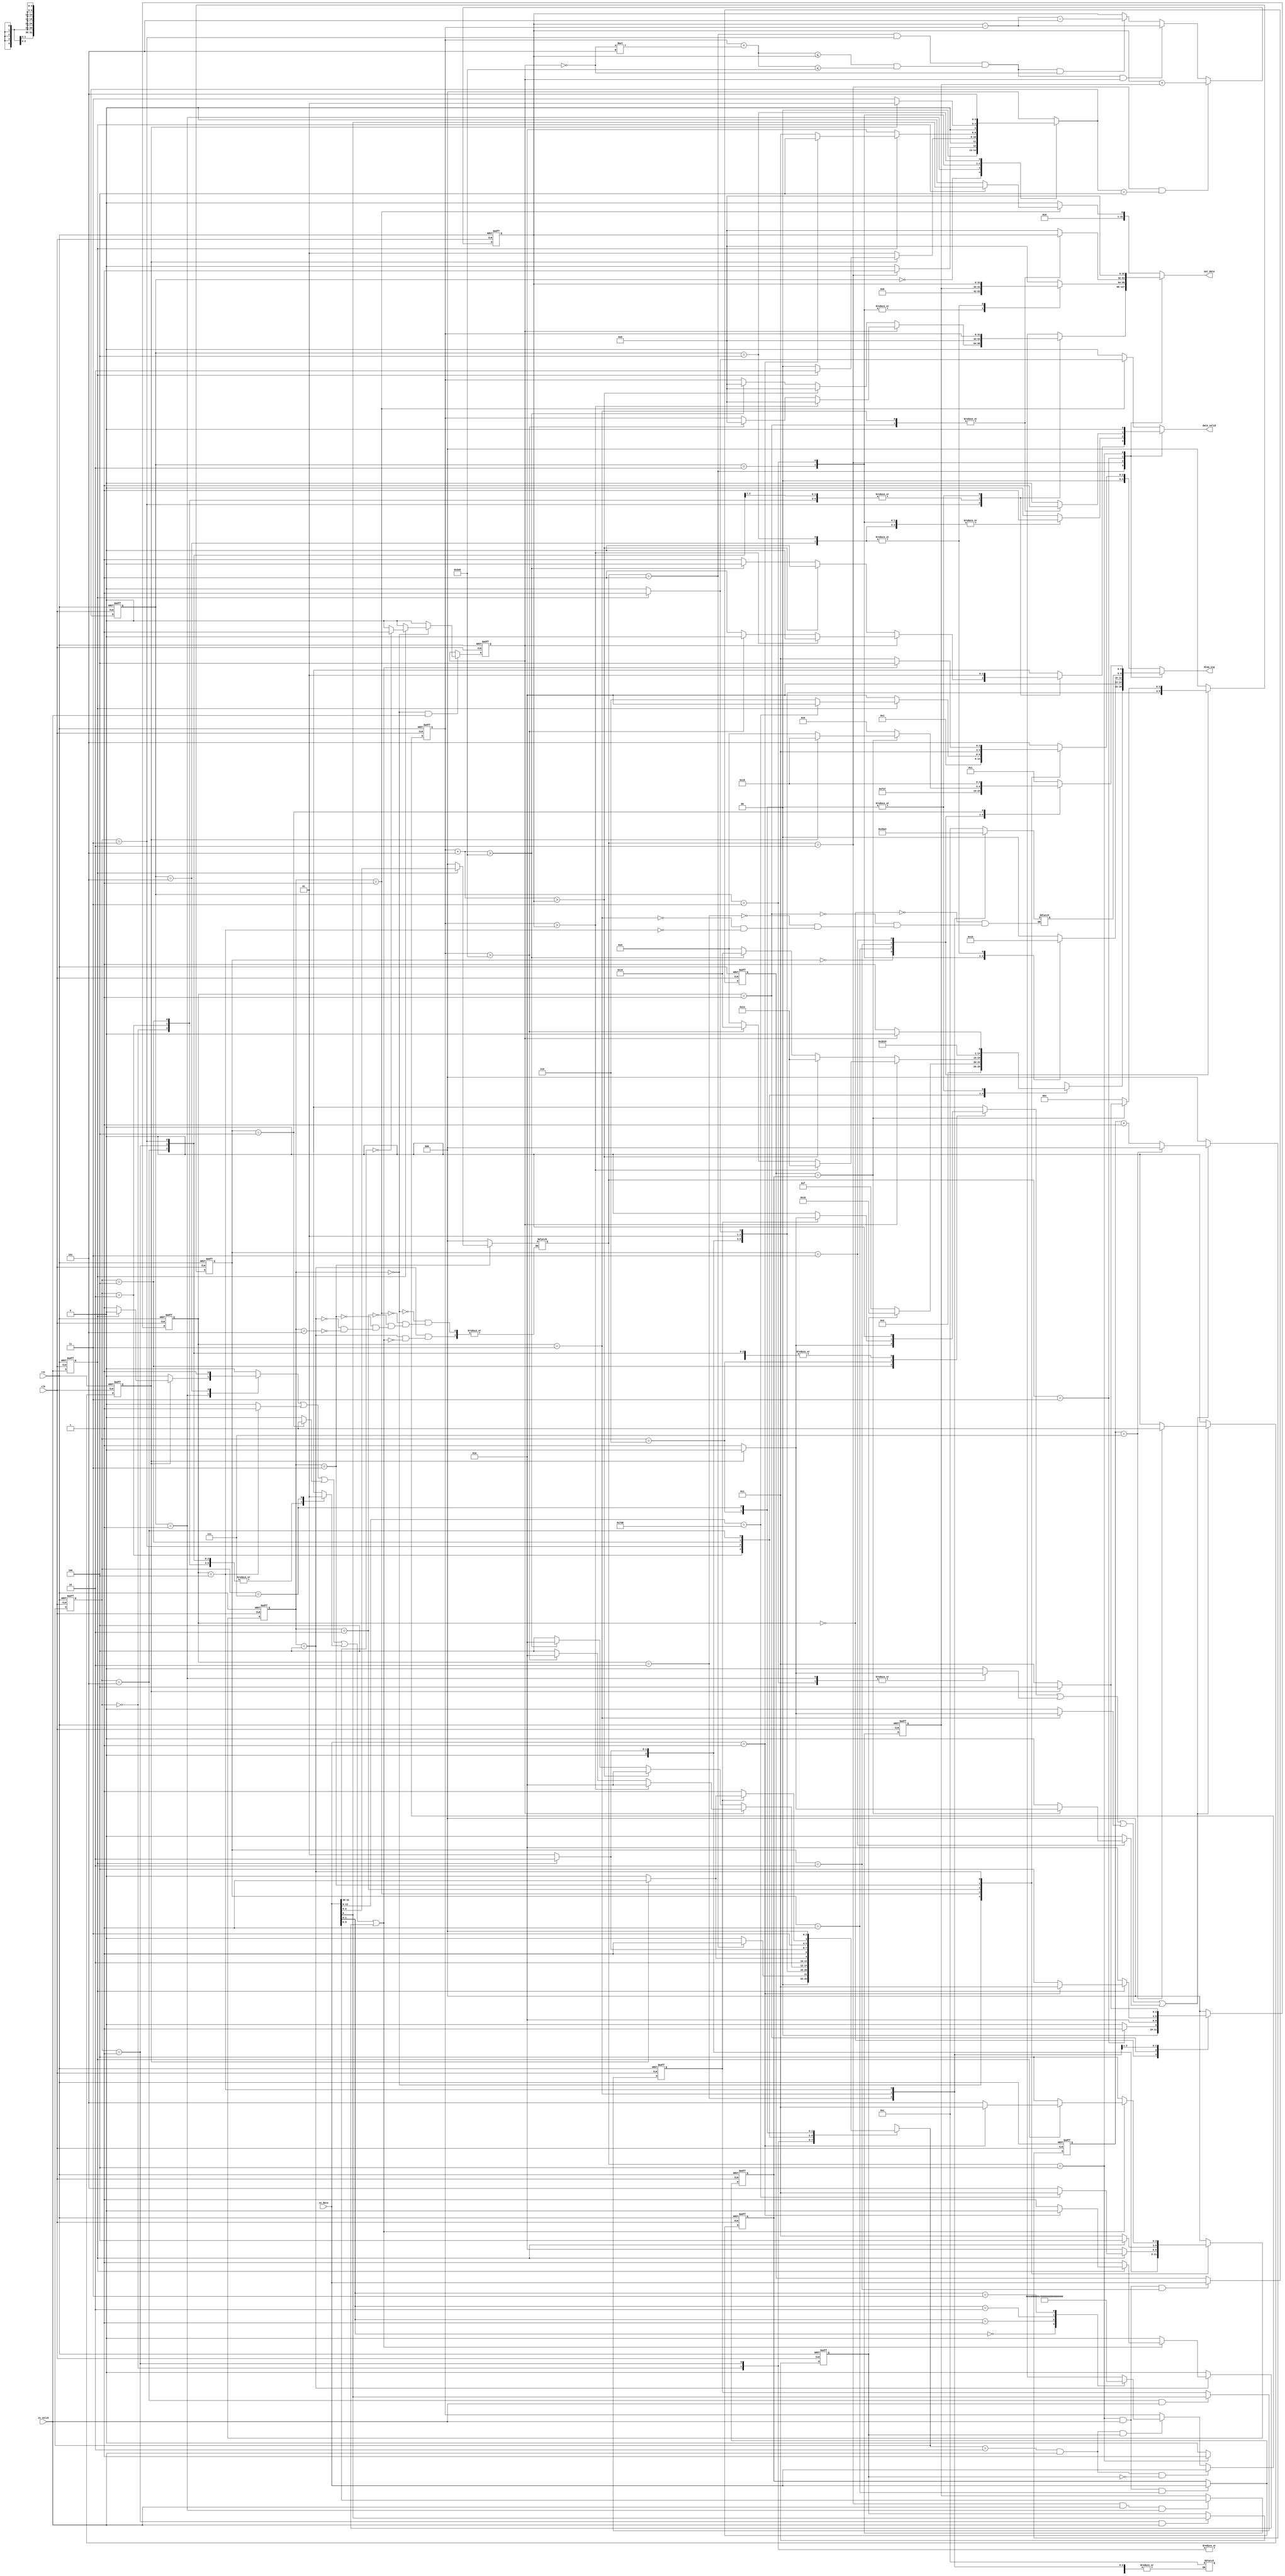
module ATM_FSM_Final #(parameter in_size = 32,
                 parameter dis_size = 5,
                 parameter out_size = 32
                 )
    (
    input                       clk,
    input                       rst,

    input wire [in_size-1:0]    in_data,
    input wire                  in_valid,

    output reg [dis_size-1:0]   disp_sig,
    output reg                  data_valid,
    output reg [out_size-1:0]   out_data
);

//////sizes of User INFO\\\\\\\\\\\\\\
localparam PIN_WIDTH        = 11,
           BALANCE_WIDTH    = 16,
           BANK_LIMIT_WIDTH = 14;

///////USER INFO\\\\\\\\\\\\\\\\\\\\\\\\\\\\
reg [PIN_WIDTH-1:0] PIN_reg;
reg [in_size-1:0] Balance;
wire [BANK_LIMIT_WIDTH-1:0] Bank_withdraw_Limit;  //daily

assign Bank_withdraw_Limit = 'd1000;

/////General Signals\\\\\\\\\\\\\\\\\\
reg [in_size-1:0] account_no;
reg same_bank;
reg same_bank_reg;
wire done;
reg [2:0] enable;
reg [in_size-1:0] PIN_temp;
reg [in_size-1:0] RE_PIN_temp;
reg flag;
reg [2:0] timer;
reg timer_done;
wire timer_en;
reg timer_en_pin;
reg timer_en_with;
reg timer_en_inq;
reg timer_en_dep;

wire flag_balance;

reg in_valid_reg;
reg [in_size-1:0] in_data_reg;

//////////  MAIN FSM \\\\\\\\\\\\\\\\\\\\
localparam  IDLE_main    =  3'b0,
            lang         =  3'b001,
            PIN          =  3'b010,
            option       =  3'b011, 
            anthr_op     =  3'b100,//another transaction
            card_exit    =  3'b101;

reg [2:0] main_state;
reg [2:0] main_next_state;

///////////// OPTIONS \\\\\\\\\\\\\\\\\\\\\\
localparam MAIN            = 3'b000,
           WITHDRAW        = 3'b001,
           DEPOSIT         = 3'b010,
           BALANCE_INQUIRY = 3'b011,
           PIN_CHANGE      = 3'b100;

///////// Deposit \\\\\\\\\\\\\\\\\\\\
localparam IDLE_dep       = 3'b000,
           insert_cash    = 3'b001, //for fast cash
           confirm        = 3'b010,
           return_cash    = 3'b011,
           update_balance = 3'b100,
           finish_dep     = 3'b101; 
reg [2:0] dep_state;
reg [2:0] dep_next_state;
reg done_dep=0;
reg [9:0] cash_amount=0;

///////// Withdraw \\\\\\\\\\\\\\\\\\\\
localparam IDLE_withdraw 		= 3'b000,
           Withdraw_Type 		= 3'b001,
           Confirm_Amount 		= 3'b010,
           Amount_Checks 		= 3'b011,
           Money_Dispense_Delay = 3'b100,
           Receipt 			    = 3'b101,
           Receipt_Print_Delay 	= 3'b110,
           finish_with          = 3'b111;

reg [2:0]   withdraw_current_state;
reg [2:0]   withdraw_next_state;

reg done_with;

reg withdrawal_choice;				// 0-Regular Withdrawal   or  1-Fast Cash
reg print_receipt;				//To store the answer of print receipt question
reg [in_size-1:0] withdraw_amount;
//reg withdrawal_choice_reg;			//to avoid unintentional latch
//reg print_receipt_reg;				//to avoid unintentional latch
reg [in_size-1:0] withdraw_amount_reg;		//to avoid unintentional latch

///////// Pin Change \\\\\\\\\\\\\\\\\\\\
localparam  IDLE_PIN     = 3'b000,
            ENTER_PIN    = 3'b001,
            RE_ENTER_PIN = 3'b010,
            PIN_CHECK    = 3'b011,
            FINISH       = 3'b100;

reg [2:0] pin_state;
reg [2:0] pin_next_state;
reg done_pin;
reg err_pin;

/////////disp sig\\\\\\\\\\\\\\\\\\\\\\\\\\
reg [dis_size-1:0] disp_sig_with;
reg [dis_size-1:0] disp_sig_deposit;
reg [dis_size-1:0] disp_sig_Balance;
reg [dis_size-1:0] disp_sig_pin;
reg [dis_size-1:0] disp_sig_main;

/////OUTPUT\\\\\\\\\\
reg [out_size-1:0] out_data_dep;
reg [out_size-1:0] out_data_inq;
reg [out_size-1:0] out_data_pin;
reg [out_size-1:0] out_data_with;
reg [out_size-1:0] out_data_main;



/////VALID\\\\\\\\\\\\
reg data_valid_with;
reg data_valid_dep;
reg data_valid_inq;
reg data_valid_pin;
reg data_valid_main;


/////////disp messages\\\\\\\\\\
localparam Entry_msg                 = 5'b00000,
           Lang_Select_msg           = 5'b00001,
           Enter_Pin_msg             = 5'b00010,
           Select_Option_msg         = 5'b00011,
           Another_transaction_msg   = 5'b00100,
           TY_For_Your_Service_msg   = 5'b00101,  
           Inavlid_Pin_msg           = 5'b00110,   
           Enter_Cash_msg            = 5'b01000,
           Confirm_Amount_msg        = 5'b01001,  
           Pls_Take_Your_Cash_msg    = 5'b01010,
           Deposit_Accepted_msg      = 5'b01011,
           Current_Balance_msg       = 5'b01100,
           Transaction_Processed_msg = 5'b01101,
           Choose_with_or_Fast_msg   = 5'b01110,
           Enter_with_amount_msg     = 5'b01111,
           Enter_fast_amount_msg     = 5'b10000,
           Receipt_msg               = 5'b10001,
           WithDrawn_msg             = 5'b10010,
           WithDrawn_TAX_msg         = 5'b10011,
           Exceed_Balance_Limit_msg  = 5'b10100,
           Exceed_Bank_Limit_msg     = 5'b10101,
           Re_Enter_Pin_msg          = 5'b10111,
           Pin_Changed_msg           = 5'b11000,
           Enter_New_Pin_msg         = 5'b11001;



////////// Balance Inquiry \\\\\\\\\\\\\\\\\\\\
localparam IDLE_inq   = 3'b0,
           disp_balance = 3'b01, //0 no_receipt -- 1 receipt
           reciept_ask= 3'b10,
           reciept_out= 3'b11,
           finish_inq=3'b100;
           
reg [2:0] inq_state;
reg done_inq;
reg [2:0] inq_next_state;



always @(posedge clk or negedge rst) 
    begin
        if (!rst) 
            begin
                main_state<=IDLE_main;
            end

        else
         begin
            main_state<=main_next_state;
         end
    end

always @ (posedge clk or negedge rst)
begin
  if(!rst)
        withdraw_current_state <= IDLE_withdraw;
  else
        withdraw_current_state <= withdraw_next_state;
end

always @(posedge clk or negedge rst) 
    begin
        if (!rst) 
            
            pin_state<=IDLE_PIN;

        else
            pin_state<=pin_next_state;
    end


always @(posedge clk or negedge rst) 
    begin
          if (!rst) 
            
            dep_state<=IDLE_dep;

        else
            dep_state<=dep_next_state;       
    end




always @(posedge clk or negedge rst) 
    begin
        if (!rst) 
            begin
                inq_state<=IDLE_inq;
            end
        else
            begin
                inq_state<=inq_next_state;
            end
    end

//////////////////MAIN FSM\\\\\\\\\\\\\\\\\\\\\\\\\\\\\\\\\\

always @(*) 
    begin
        same_bank=0;
        case (main_state)
            IDLE_main:
                begin
                    disp_sig_main=Entry_msg;
                    data_valid_main=0;
                    out_data_main=0;
                    flag = 0;
                    enable=MAIN;
                    if (in_valid_reg) 
                        begin
                           if(in_data[in_size-1:in_size-2]==2'b00)
                           begin
                            same_bank=1;    
                           end
                           else
                           begin
                            same_bank=0;
                           end
                           main_next_state=lang; 
                        end 
                    else
                        begin
                            main_next_state=IDLE_main;
                        end
                end
            lang:    
                begin
                    disp_sig_main = Lang_Select_msg; 
                    flag = 0;
                    enable=MAIN;
                    if(in_valid_reg)
                        begin
                            data_valid_main=1; 
                            out_data_main=in_data[0];
                            main_next_state=PIN;
                        end
                    else
                        begin
                            data_valid_main=0;
                            out_data_main=0;
                            main_next_state=lang;
                        end
                end
            PIN:
                begin
                    disp_sig_main = Enter_Pin_msg;
                    data_valid_main=0;
                    out_data_main=0;
                    flag = 0;
                    enable=MAIN;
                    if (in_valid_reg)
                    begin
                        if (in_data[13:0]==14'd2000) 
                        begin
                            main_next_state=option;
                        end
                        else
                        begin
                            main_next_state=card_exit;
                            disp_sig_main = Inavlid_Pin_msg;//////////////note 
                        end
                    end
                    else
                    begin
                        main_next_state=PIN;
                    end
                end    
            option: 
                begin
                    disp_sig_main = Select_Option_msg; 
                    data_valid_main=0;
                    out_data_main=0;
                    flag = 0;
                    if (in_valid_reg)
                        begin
                           enable=in_data[2:0];
                           main_next_state=anthr_op;
                        end
                    else
                        begin
                           enable=MAIN;
                           main_next_state=option;
                        end
                end  
            anthr_op: 
                begin
                    if (done || flag)  
                        begin
                           flag = 1;
                           disp_sig_main = Another_transaction_msg;
                           data_valid_main=0;
                           out_data_main=0;
                           enable=MAIN;
                           if (in_valid_reg) 
                            begin
                                if (in_data==1) 
                                begin
                                    flag = 0;
                                    main_next_state=option;
                                end
                                else
                                    main_next_state=card_exit; ////swapping  card exit with anothr_op
                            end
                            else
                                begin
                                    main_next_state=anthr_op;
                                end
                        end
                    else
                    begin
                        disp_sig_main = Select_Option_msg;
                        data_valid_main=0;
                        out_data_main=0; 
                        main_next_state=anthr_op;
                        flag = 0;
                    end
                end
            card_exit:
                begin
                    disp_sig_main = TY_For_Your_Service_msg; 
                    data_valid_main=0;
                    out_data_main=0; 
                    main_next_state=IDLE_main;
                    flag = 0;
                    enable=MAIN;
                end
        default:
            begin
                disp_sig_main = TY_For_Your_Service_msg; 
                data_valid_main=0;
                out_data_main=0; 
                main_next_state=IDLE_main;
                flag = 0;
            end
        endcase
    end

////////////////WITH DRAW\\\\\\\\\\\\\\\\\\\\\\\\\\\\

always@(*)
begin
    case (withdraw_current_state)
    IDLE_withdraw:
        begin
            disp_sig_with = Choose_with_or_Fast_msg;
            data_valid_with = 0;
            out_data_with = 0;
            done_with = 0;
	        timer_en_with = 0;
            if (enable == WITHDRAW)
            begin
                withdraw_next_state = Withdraw_Type;   
            end
            else
            begin
                withdraw_next_state = IDLE_withdraw;
            end
        end
    Withdraw_Type:
        begin
            data_valid_with = 0;
            out_data_with = 0;
            done_with = 0;
	        timer_en_with = 0;
            disp_sig_with = Choose_with_or_Fast_msg;
            if(in_valid_reg)
            begin
                //withdrawal_choice = in_data[0];
                withdraw_next_state = Confirm_Amount;
            end
            else
            begin
                withdraw_next_state = Withdraw_Type;
            end
        end
    Confirm_Amount:
        begin
            data_valid_with = 0;
            out_data_with = 0;
            done_with = 0;
	        timer_en_with =0;
            if(!withdrawal_choice)    			//Regular Withdraw
            begin
                disp_sig_with = Enter_with_amount_msg;
                if (in_valid_reg)        			// the user entered their desired regular withdrawal amount
                begin
                    //withdraw_amount = in_data;
                    withdraw_next_state = Amount_Checks;  
                end
                else
                begin
                    withdraw_next_state = Confirm_Amount;
                end
            end
            else
            begin
                disp_sig_with = Enter_fast_amount_msg;
                if(in_valid_reg)				//user entered the number corresponding to their desired fast cash amount
                begin
                    //case statement for withdraw_amount
                    withdraw_next_state = Amount_Checks;
                end
                else
                begin
                    withdraw_next_state = Confirm_Amount;
                end
            end
        end
    Amount_Checks:
        begin
            done_with = 0;
	        timer_en_with =0;
            if(same_bank_reg)  //No Tax
            begin
                if(withdraw_amount > Balance)
                begin
                    data_valid_with = 0;
                    out_data_with = 0;
                    disp_sig_with = Exceed_Balance_Limit_msg;
                    withdraw_next_state = Confirm_Amount;
                end
                else if (withdraw_amount > Bank_withdraw_Limit)
                begin
                    data_valid_with = 0;
                    out_data_with = 0;
                    disp_sig_with = Exceed_Bank_Limit_msg;
                    withdraw_next_state = Confirm_Amount;
                end
                else
                begin
                    out_data_with = withdraw_amount;
                    disp_sig_with = Transaction_Processed_msg;
                    data_valid_with = 1;
                    //Balance = Balance - withdraw_amount;		//Updating the user's Balance
                    withdraw_next_state = Money_Dispense_Delay;
                end
            end
            else  //Deduct Tax
            begin
                if((withdraw_amount + 'd5) > Balance)
                begin
                    data_valid_with = 0;
                    out_data_with = 0;
                    disp_sig_with = Exceed_Balance_Limit_msg;
                    withdraw_next_state = Confirm_Amount;
                end
                else if ((withdraw_amount + 'd5) > Bank_withdraw_Limit)
                begin
                    data_valid_with = 0;
                    out_data_with = 0;
                    disp_sig_with = Exceed_Bank_Limit_msg;
                    withdraw_next_state = Confirm_Amount;
                end
                else
                begin
                    disp_sig_with = Transaction_Processed_msg;
                    out_data_with = withdraw_amount;
                    data_valid_with = 1;
                    //Balance = Balance - withdraw_amount - 5;	//Updating the user's Balance
                    withdraw_next_state = Money_Dispense_Delay;
                end
            end
        end
    Money_Dispense_Delay:
        begin
            done_with = 0;
            disp_sig_with = Transaction_Processed_msg;
            timer_en_with=1;
            data_valid_with = 0;
            out_data_with = 0;
            if(timer_done)
            begin
                withdraw_next_state = Receipt;
                timer_en_with = 0;
            end
            else
            begin
                withdraw_next_state = Money_Dispense_Delay;
            end
        end
    Receipt:
        begin
            data_valid_with = 0;
            out_data_with = 0;
            done_with = 0;
	        timer_en_with =0;
            disp_sig_with = Receipt_msg;
            if(in_valid_reg)
            begin
                //print_receipt = in_data[0];
                withdraw_next_state = Receipt_Print_Delay;
            end
            else
            begin
                withdraw_next_state = Receipt;
            end
        end
    Receipt_Print_Delay:
    begin
        if(print_receipt)
        begin
            if(same_bank_reg)
            begin
              disp_sig_with = WithDrawn_msg;
            end
            else
            begin
              disp_sig_with = WithDrawn_TAX_msg;
            end 
            out_data_with = withdraw_amount;
            data_valid_with = 1;
            timer_en_with=1;
            done_with = 0;
            if(timer_done)
            begin
                //done_with = 1;
                withdraw_next_state = finish_with;
                timer_en_with=0;
            end
            else
            begin
                //done_with = 0;
                withdraw_next_state = Receipt_Print_Delay;
            end
        end
        else
        begin
            if(same_bank_reg)
            begin
              disp_sig_with = WithDrawn_msg;
            end
            else
            begin
              disp_sig_with = WithDrawn_TAX_msg;
            end
            out_data_with = withdraw_amount;
            data_valid_with = 1;
            done_with = 0;
	        timer_en_with =0;
            withdraw_next_state = finish_with;
        end
    end  
    finish_with:
    begin
        if(same_bank_reg)
        begin
            disp_sig_with = WithDrawn_msg;
        end
        else
        begin
            disp_sig_with = WithDrawn_TAX_msg;
        end
        out_data_with = withdraw_amount;
        data_valid_with = 1;
        done_with = 1;
	    timer_en_with = 0;
        withdraw_next_state = IDLE_withdraw;
    end
    default:
        begin
	      disp_sig_with= Choose_with_or_Fast_msg;
          data_valid_with = 0;
          out_data_with = 0;
          done_with = 0;
	      timer_en_with =0;
          withdraw_next_state = IDLE_withdraw;
        end
    endcase
end

//////////////////////////DEPOSIT FSM\\\\\\\\\\\\\\\\\\\\\\\\\\\\\\\\\\\\\\\\

always @(*) 
    begin
        case (dep_state)
            IDLE_dep: 
                 begin
                    disp_sig_deposit=Enter_Cash_msg;
                    data_valid_dep=0;
                    out_data_dep=0;
                    done_dep=0;
                    timer_en_dep=0;
                    if (enable==DEPOSIT) 
                        begin
                            dep_next_state=insert_cash; 
                           
                        end 
                    else
                        begin
                            dep_next_state=IDLE_dep;
                        end
                end
            insert_cash:
                begin   
                    disp_sig_deposit=Enter_Cash_msg; //enter cash
                    data_valid_dep=0;
                    out_data_dep=0;
                    timer_en_dep=1; //enabling timer
                    if(timer_done)
                        begin
                            timer_en_dep=0; //disable timer
                            if(in_valid_reg)
                                begin
                                    //cash_amount=in_data;
                                    done_dep=0;
                                    dep_next_state=confirm;
                                end
                            else
                                begin
                                    done_dep=1;
                                    dep_next_state=IDLE_dep;
                                end
                    end
                    else
                        begin
                             done_dep=0;
                             dep_next_state=insert_cash;       
                        end
                end   
            confirm: 
                begin
                    disp_sig_deposit=Confirm_Amount_msg; // confrim amount
                    data_valid_dep=1; //valid signal high
                    out_data_dep=cash_amount; //write cash amount on output
                    timer_en_dep=0;
                    done_dep=0;
                   if(in_valid_reg)
                   begin 
                        if(in_data=='b1) //confirm money
                            dep_next_state=update_balance;
                        else
                            dep_next_state=return_cash;
                   end
                   else 
                            dep_next_state=confirm;
                end      
            return_cash:
                begin
                    disp_sig_deposit=Pls_Take_Your_Cash_msg; // please take your cash
                    data_valid_dep=1; //valid signal low
                    out_data_dep=cash_amount; //write cash amount on output
                    timer_en_dep=1; //enabling timer
                    done_dep=0;
                    if (timer_done) 
                        begin
                            timer_en_dep=0;
                            dep_next_state=insert_cash;        
                        end
                    else 
                        begin
                            dep_next_state=return_cash;
                        end
                end   
            update_balance:
                begin  
                    //account_balance=account_balance+cash_amount;
                    disp_sig_deposit=Deposit_Accepted_msg; // Your deposit has been accepted your balance =();
                    out_data_dep=Balance; //write current balance on output
                    timer_en_dep=0; //enabling timer
                    data_valid_dep=1; //valid signal high
                    done_dep=0; //raise done signal
                    dep_next_state=finish_dep;        
                end
            finish_dep:
                begin
                    disp_sig_deposit=Deposit_Accepted_msg; // Your deposit has been accepted your balance =();
                    out_data_dep=Balance; //write current balance on output
                    timer_en_dep=0; //enabling timer
                    data_valid_dep=1; //valid signal high
                    done_dep=1; //raise done signal
                    dep_next_state=IDLE_dep;        
                end
        default:
            begin
                disp_sig_deposit=Enter_Cash_msg; //Thank you for your service
                data_valid_dep=0;
                out_data_dep=0; 
                timer_en_dep=0; 
                done_dep=0;
                dep_next_state=IDLE_dep;
            end
        endcase    
    end

///////////////////////BALANCE INQUIRY\\\\\\\\\\\\\\\\\\\\

always @(*) 
    begin
        case (inq_state)
            IDLE_inq   :
                begin
                    disp_sig_Balance=Current_Balance_msg;
                    data_valid_inq=0;
                    out_data_inq=0;
                    done_inq=0;
                    timer_en_inq=0; 
                     if (enable == BALANCE_INQUIRY)
                        begin
                            inq_next_state = disp_balance;
                        end
                        else
                        begin
                            inq_next_state = IDLE_inq;
                        end
                end
            disp_balance :
                begin
                    disp_sig_Balance=Current_Balance_msg; // confirm amount
                    data_valid_inq=1; //valid signal high
                    out_data_inq=Balance; //write balacne on output
                    done_inq=0;
                    inq_next_state=reciept_ask;
                    timer_en_inq=0;
                end
            reciept_ask:
                begin
                    disp_sig_Balance=Receipt_msg; 
                    data_valid_inq=0; 
                    out_data_inq=0; 
                    timer_en_inq=0;
                   if(in_valid_reg)
                   begin   
                        if(in_data=='b1) //confirm reciept
                            begin
                                inq_next_state=reciept_out;
                                done_inq=0;
                            end
                        else
                            begin
                                inq_next_state=finish_inq;
                                done_inq=0;
                            end
                   end
                   else 
                   begin
                        done_inq=0;
                        inq_next_state=reciept_ask;
                   end
                end
            reciept_out:
                begin
                    disp_sig_Balance=Transaction_Processed_msg; //enter cash
                    data_valid_inq=1;
                    out_data_inq=Balance;
                    timer_en_inq=1; //enabling timer
                    if(timer_done)
                        begin
                            timer_en_inq=0; //disable timer
                            inq_next_state=finish_inq;
                            done_inq=0;    
                        end
                    else
                        begin
                             done_inq=0;
                             inq_next_state=reciept_out;       
                        end
                end
            finish_inq:
                begin
                    inq_next_state=IDLE_inq;
                    done_inq=1;
                    disp_sig_Balance=Another_transaction_msg; //enter cash
                    data_valid_inq=0;
                    out_data_inq=0;
                    timer_en_inq=0;    
                end
            default:
                begin
                    disp_sig_deposit=Current_Balance_msg; // confrim amount
                    data_valid_inq=0; //valid signal high
                    out_data_inq=0; //write balacne on output
                    done_inq=0;
                    timer_en_inq=0;
                    inq_next_state=IDLE_inq; 
                end 
        endcase        
    end

///////////PIN CHANGE FSM \\\\\\\\\\\\\\\\\\\\\\\\
always@(*)
begin
    out_data_pin=0;
    data_valid_pin=0;
    case (pin_state)
    IDLE_PIN    :
    begin
        if (enable == PIN_CHANGE)
        begin
            pin_next_state = ENTER_PIN;
        end
        else
        begin
            pin_next_state = IDLE_PIN;
        end
        err_pin        = 0;
        disp_sig_pin   = Select_Option_msg; 
        done_pin       = 0;
        timer_en_pin = 0;
    end
    ENTER_PIN   :
    begin
        err_pin      = 0;
        done_pin     = 0;
        timer_en_pin = 0;
        disp_sig_pin = Enter_New_Pin_msg;
        if (in_valid_reg)
        begin
            pin_next_state = RE_ENTER_PIN;
        end
        else
        begin
            pin_next_state = ENTER_PIN;    
        end
    end
    RE_ENTER_PIN:
    begin
        disp_sig_pin   = Re_Enter_Pin_msg;
        done_pin       = 0; 
        timer_en_pin = 0;
        err_pin        = 0;
        if (in_valid_reg)
        begin 
            pin_next_state = PIN_CHECK;
        end
        else
        begin
            pin_next_state = RE_ENTER_PIN;
        end
    end
    PIN_CHECK:
    begin
        err_pin        = 0;
        done_pin       = 0; 
        if (RE_PIN_temp == PIN_temp)
        begin
            timer_en_pin   = 1; 
            if (timer_done)
            begin
                timer_en_pin   = 0; 
                pin_next_state = FINISH;
                disp_sig_pin   = Pin_Changed_msg;
            end
            else
            begin
                pin_next_state = PIN_CHECK;
                disp_sig_pin   = Transaction_Processed_msg;  
            end
        end
        else
        begin
            pin_next_state = ENTER_PIN;
            disp_sig_pin   = Inavlid_Pin_msg;
            timer_en_pin = 0; 
        end
    end
    FINISH:
    begin
        pin_next_state = IDLE_PIN;
        err_pin        = 0;
        disp_sig_pin   = Pin_Changed_msg;
        done_pin       = 1;  
        timer_en_pin = 0;
    end
    default:
    begin
        pin_next_state = IDLE_PIN;
        err_pin        = 0;
        disp_sig_pin   = ENTER_PIN;
        done_pin       = 0;  
        timer_en_pin = 0;
    end
    endcase
end

////////Timer \\\\\\\\\\\\\\\\\\\\
always @(posedge clk or negedge rst) 
    begin
        if (!rst) 
            begin
                timer<=0;
                timer_done<=0;
            end
        else
           begin   
            if(timer_en)
                begin
                    if (timer==7) 
                        begin
                            timer_done<=1;
                            timer<=0;
                        end
                    else
                        begin
                            timer<=timer+1; 
                            timer_done<=0;
                        end
                end
            else
                begin
                    timer<=0; 
                    timer_done<=0;
                end
            end
    end

assign done=((done_dep)|(done_inq)|(done_pin)|(done_with));

always @(*) 
begin
    case(enable)
    WITHDRAW       : out_data = out_data_with;
    DEPOSIT        : out_data = out_data_dep;
    BALANCE_INQUIRY: out_data = out_data_inq;
    PIN_CHANGE     : out_data = out_data_pin;
    MAIN           : out_data = out_data_main;
    default        : out_data = out_data_main;
    endcase    
end

always @(*) 
begin
    case(enable)
    WITHDRAW       : disp_sig = disp_sig_with;
    DEPOSIT        : disp_sig = disp_sig_deposit;
    BALANCE_INQUIRY: disp_sig = disp_sig_Balance;
    PIN_CHANGE     : disp_sig = disp_sig_pin;
    MAIN           : disp_sig = disp_sig_main;
    default        : disp_sig = disp_sig_main;
    endcase    
end

always @(*) 
begin
    case(enable)
    WITHDRAW       : data_valid = data_valid_with;
    DEPOSIT        : data_valid = data_valid_dep;
    BALANCE_INQUIRY: data_valid = data_valid_inq;
    PIN_CHANGE     : data_valid = data_valid_pin;
    MAIN           : data_valid = data_valid_main;
    default        : data_valid = data_valid_main;
    endcase    
end

assign timer_en = timer_en_with|timer_en_dep|timer_en_inq|timer_en_pin;

assign flag_balance = ((withdraw_amount + ((!same_bank_reg)*'d5)) <= Balance)&&((withdraw_amount + ((!same_bank_reg)*'d5)) <= Bank_withdraw_Limit);

always @(posedge clk or negedge rst) 
begin
    if(!rst)
    begin
        same_bank_reg <= 0;
    end
    else
    begin
        if ((main_state==IDLE_main)&&(in_valid))
        begin
            same_bank_reg <= same_bank;
        end
        else
        begin
            same_bank_reg <= same_bank_reg;
        end
    end
end

always @(posedge clk or negedge rst) 
begin
    if(!rst)
    begin
        in_valid_reg <= 0;
    end
    else
    begin
        in_valid_reg <= in_valid;
    end
end

always @(posedge clk or negedge rst) 
begin
    if(!rst)
    begin
        PIN_temp <= 0;
    end
    else
    begin
        if ((enable == PIN_CHANGE)&&(in_valid)&&(pin_state == ENTER_PIN))
        begin
            PIN_temp <= in_data;
        end
        else
        begin
            PIN_temp <= PIN_temp;
        end
    end
end

always @(posedge clk or negedge rst) 
begin
    if(!rst)
    begin
        PIN_temp <= 0;
    end
    else
    begin
        if ((enable == PIN_CHANGE)&&(in_valid)&&(pin_state == ENTER_PIN))
        begin
            PIN_temp <= in_data;
        end
        else
        begin
            PIN_temp <= PIN_temp;
        end
    end
end

always @(posedge clk or negedge rst) 
begin
    if(!rst)
    begin
        RE_PIN_temp <= 0;
    end
    else
    begin
        if ((enable == PIN_CHANGE)&&(in_valid)&&(pin_state == RE_ENTER_PIN))
        begin
            RE_PIN_temp <= in_data;
        end
        else
        begin
            RE_PIN_temp <= RE_PIN_temp;
        end
    end
end

always @(posedge clk or negedge rst) 
begin
    if(!rst)
    begin
        cash_amount <= 0;
    end
    else
    begin
        if ((enable == DEPOSIT)&&(in_valid)&&(dep_state == insert_cash))
        begin
            cash_amount <= in_data;
        end
        else
        begin
            cash_amount <= cash_amount;
        end
    end
end

always @(posedge clk or negedge rst) 
begin
    if(!rst)
    begin
        Balance <= 1000;
    end
    else
    begin
        if ((enable == DEPOSIT)&&(dep_next_state == update_balance))
        begin
            Balance <= Balance + cash_amount;
        end
        else if ((enable == WITHDRAW)&&(withdraw_current_state == Amount_Checks)&&(flag_balance)&&(same_bank_reg))
        begin
            Balance <= Balance - withdraw_amount;
        end
        else if ((enable == WITHDRAW)&&(withdraw_current_state == Amount_Checks)&&(flag_balance)&&(!same_bank_reg))
        begin
            Balance <= Balance - withdraw_amount - 5;
        end
        else
        begin
            Balance <= Balance;
        end
    end
end

always @(posedge clk or negedge rst) 
begin
    if(!rst)
    begin
        withdrawal_choice <= 0;
    end
    else
    begin
        if((withdraw_current_state==Withdraw_Type) && (in_valid))
           withdrawal_choice <= in_data[0]; 
        else
           withdrawal_choice <= withdrawal_choice;   
    end
end

always @(posedge clk or negedge rst) 
begin
    if(!rst)
    begin
        withdraw_amount <= 0;
    end
    else
    begin
        if((withdraw_next_state==Confirm_Amount) && (in_valid) && (!withdrawal_choice))
           withdraw_amount <= in_data; 
        else
            if((withdraw_next_state==Confirm_Amount) && (in_valid) && (withdrawal_choice))
                    begin
                    case(in_data[1:0])
                        2'b00: withdraw_amount <= 'd100;
                        2'b01: withdraw_amount <= 'd200;
                        2'b10: withdraw_amount <= 'd500;
                        2'b11: withdraw_amount <= 'd1000;
                    endcase
                    end
            else
                withdraw_amount <= withdraw_amount;   
    end
end

always @(posedge clk or negedge rst) 
begin
    if(!rst)
    begin
        print_receipt <= 0;
    end
    else
    begin
        if((withdraw_current_state==Receipt) && (in_valid))
           print_receipt <= in_data[0]; 
        else
           print_receipt <= print_receipt;   
    end
end

endmodule